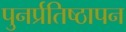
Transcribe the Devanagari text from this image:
पुनर्प्रतिष्ठापन